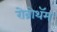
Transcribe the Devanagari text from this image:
रोब्रोथॅम